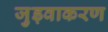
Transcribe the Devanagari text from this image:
जुड़वाकरण